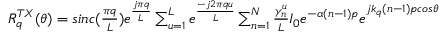
\begin{array} { r l } & { R _ { q } ^ { T X } ( \theta ) = s i n c ( \frac { \pi q } { L } ) e ^ { \frac { j \pi q } { L } } \sum _ { u = 1 } ^ { L } { e ^ { \frac { - j 2 \pi q u } { L } } \sum _ { n = 1 } ^ { N } \frac { \gamma _ { n } ^ { u } } { L } } { I _ { 0 } e ^ { - \alpha ( n - 1 ) p } e } ^ { j k _ { q } ( n - 1 ) p c o s \theta } } \end{array}